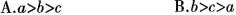
A.$$a > b > c$$ B.$$b > c > a$$